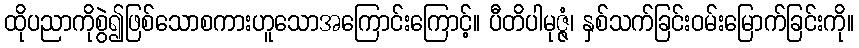
ထိုပညာကိုစွဲ၍ဖြစ်သောစကားဟူသောအကြောင်းကြောင့်။ ပီတိပါမုဇ္ဇံ၊ နှစ်သက်ခြင်းဝမ်းမြောက်ခြင်းကို။